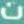
ت